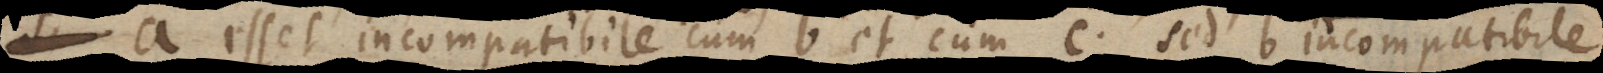
. esset incompatibile cum b et cum c; sed b incompatibil